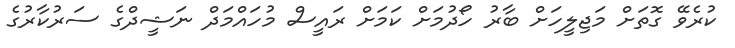
ކުރެވޭ ގޮތަށް މަޖިލީހަށް ބާރު ހޯދުމަށް ކަމަށް ރައީސް މުހައްމަދް ނަޝީދްގެ ސަރުކާރުގެ